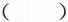
（ ）